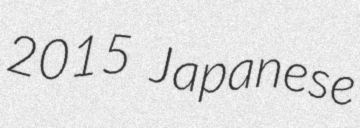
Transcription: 2015 Japanese